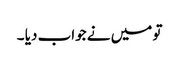
تو میں نے جواب دیا ۔